Code of medical and sanitary regulations for the guidance of medical officers serving in the Madras Presidency - Volume I
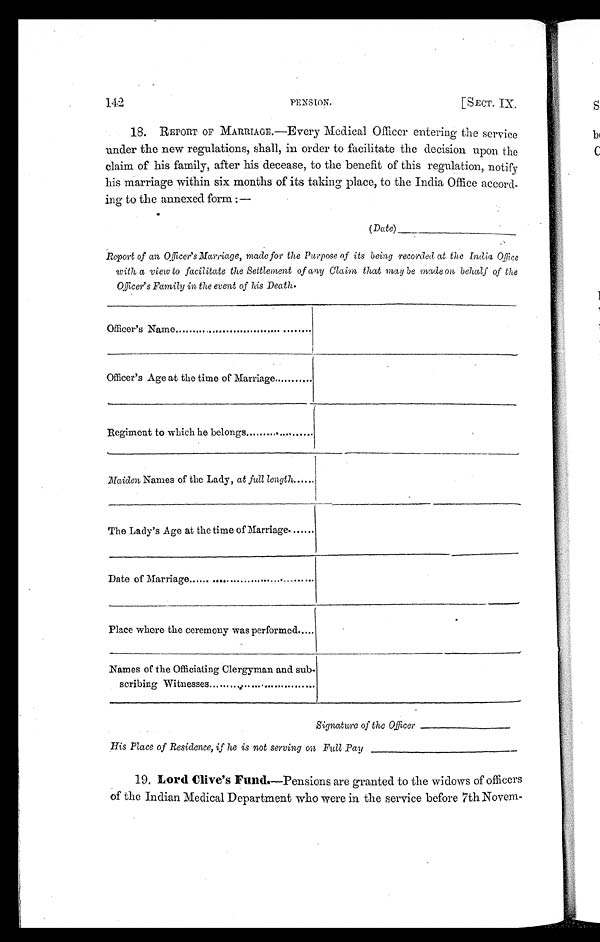
142
PENSION.
[ S E C T . I X .
18. REPORT OF MARRIAGE.—Every Medical Officer entering the service
under the new regulations, shall, in order to facilitate the decision upon the
claim of his family, after his decease, to the benefit of this regulation, notify
his marriage within six months of its taking place, to the India Office accord-
ing to the annexed form :—
(Date) — — — — — — — — — — —
Report of an Officer's Marriage, made for the Purpose of its being recorded at the India Office
with a view to facilitate the Settlement of any Claim that may be made on behalf of the
Officer's Family in the event of his Death.
Officer's Name
Officer's Age at the time of Marriage
Regiment to which he belongs........................
Maiden Names of the Lady, at full length .......
The Lady's Age at the time of Marriage.......
Date of Marriage ...............
....
Place where the ceremony was performed.....
Names of the Officiating Clergyman and sub-
scribing Witnesses.........................
Signature of the Officer———————
His Place of Residence, if he is not serving on Full Pay
19. Lord Clive's Fund. —Pensions are granted to the widows of officers
of the Indian Medical Department who were in the service before 7th Novem-